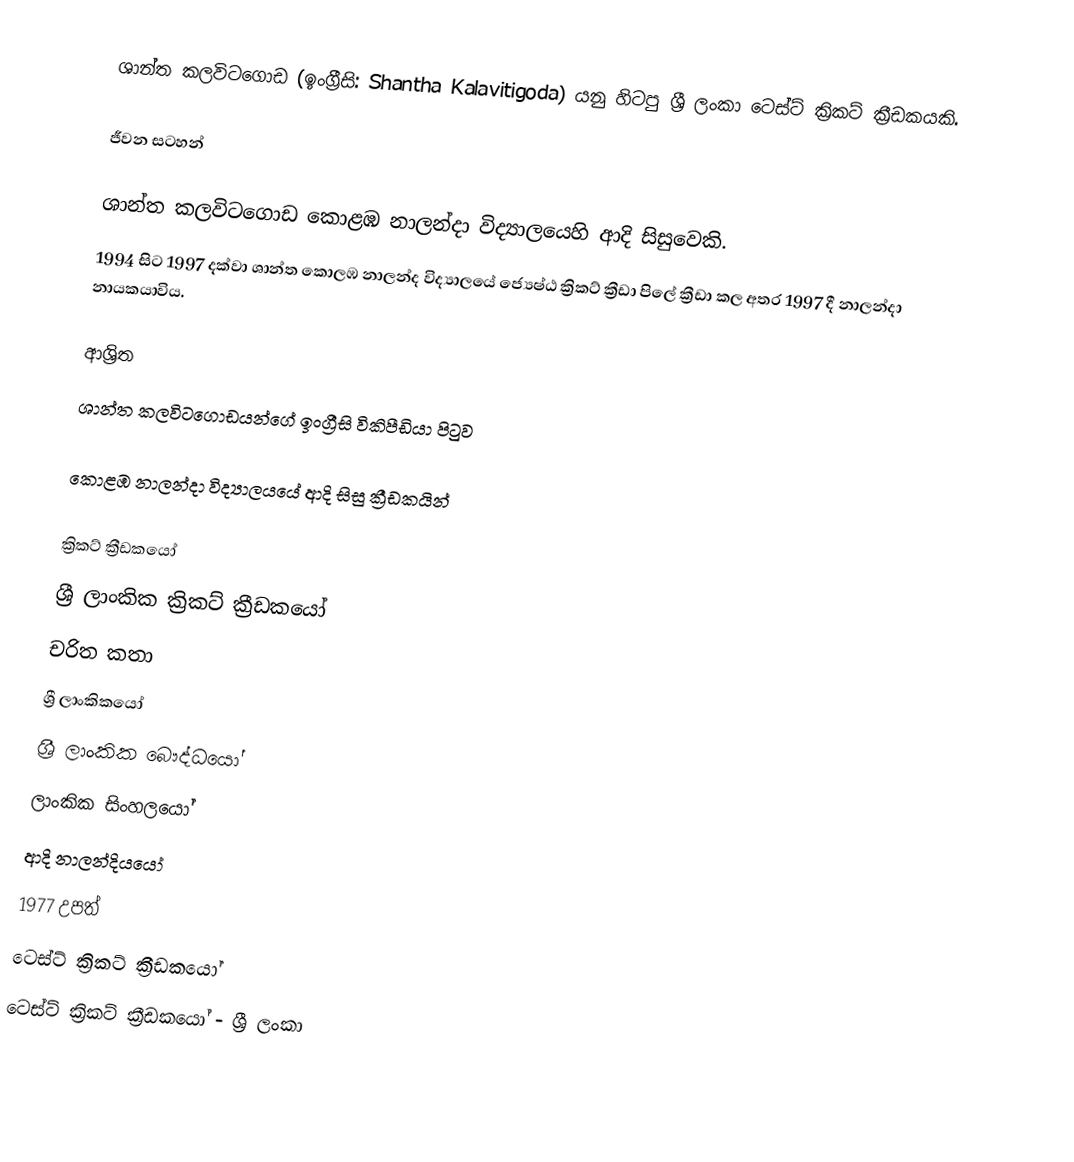
ශාන්ත කලවිටගොඩ (ඉංග්‍රීසි: Shantha Kalavitigoda) යනු හිටපු ශ්‍රී ලංකා ටෙස්ට් ක්‍රිකට් ක්‍රීඩකයකි.

ජීවන සටහන්

ශාන්ත කලවිටගොඩ  කොළඹ නාලන්දා විද්‍යා‍ලයෙහි ආදි සිසුවෙකි.
1994 සිට 1997 දක්වා ශාන්ත  කොලඹ නාලන්ද  විද්‍යාලයේ  ජ්‍යෙෂ්ඨ ක්‍රිකට් ක්‍රීඩා පිලේ ක්‍රීඩා කල අතර 1997 දී නාලන්දා නායකයාවිය.

ආශ්‍රිත
ශාන්ත කලවිටගොඩයන්ගේ ඉංග්‍රීසි විකිපීඩියා පිටුව

කොළඹ නාලන්දා විද්‍යාලයයේ ආදි සිසු ක්‍රීඩකයින්

ක්‍රිකට් ක්‍රීඩකයෝ
ශ්‍රී ලාංකික ක්‍රිකට් ක්‍රීඩකයෝ
චරිත කතා
ශ්‍රී ලාංකිකයෝ
ශ්‍රී ලාංකික බෞද්ධයෝ
ලාංකික සිංහලයෝ
ආදි නාලන්දියයෝ
1977 උපත්
ටෙස්ට් ක්‍රිකට් ක්‍රීඩකයෝ
ටෙස්ට් ක්‍රිකට් ක්‍රීඩකයෝ - ශ්‍රී ලංකා